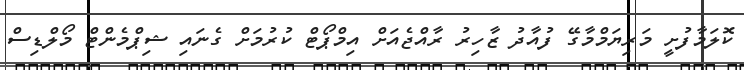
ކޮލަމާފުށީ މަރިޔަމްމާގޭ ފުއާދު ޒާހިރު ރާއްޖެއަށް އިމްޕޯޓް ކުރުމަށް ގެނައި ޝިޕްމެންޓް މޯލްޑިސް